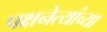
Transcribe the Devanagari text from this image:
पक्षनेत्यांच्या